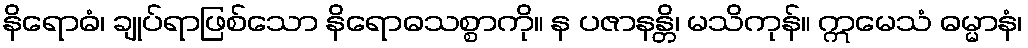
နိရောဓံ၊ ချုပ်ရာဖြစ်သော နိရောဓသစ္စာကို။ န ပဇာနန္တိ၊ မသိကုန်။ ဣမေသံ ဓမ္မာနံ၊